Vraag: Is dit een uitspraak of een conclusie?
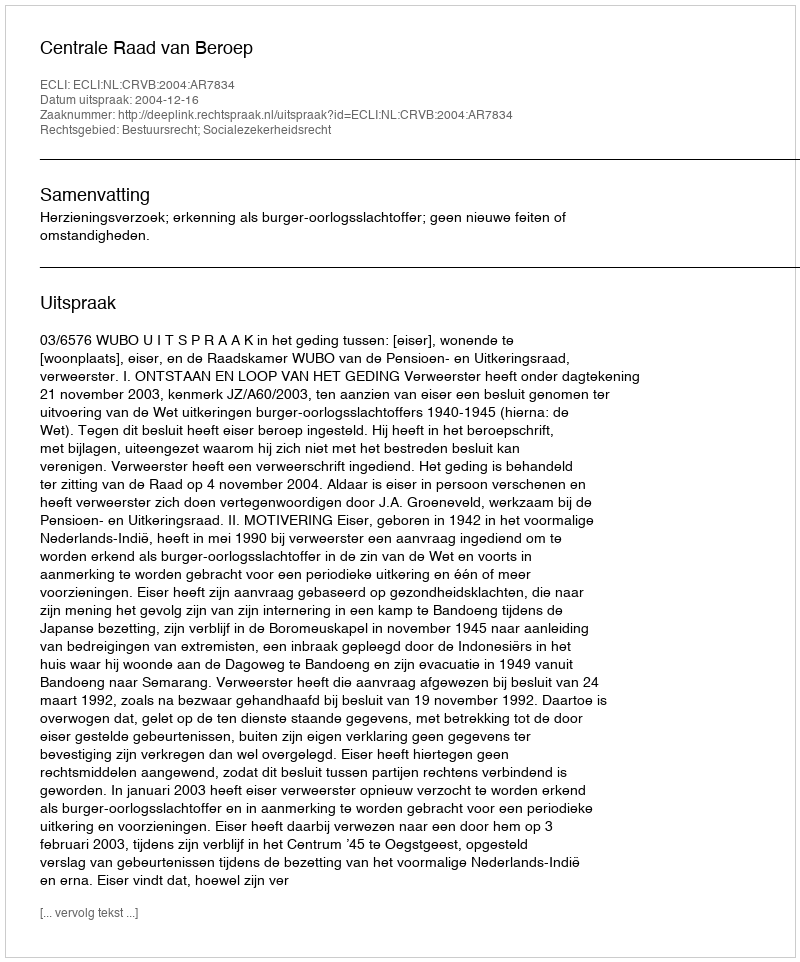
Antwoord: Uitspraak